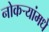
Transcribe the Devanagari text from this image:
नोकर्‍यांमधे